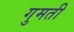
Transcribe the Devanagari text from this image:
गुमती